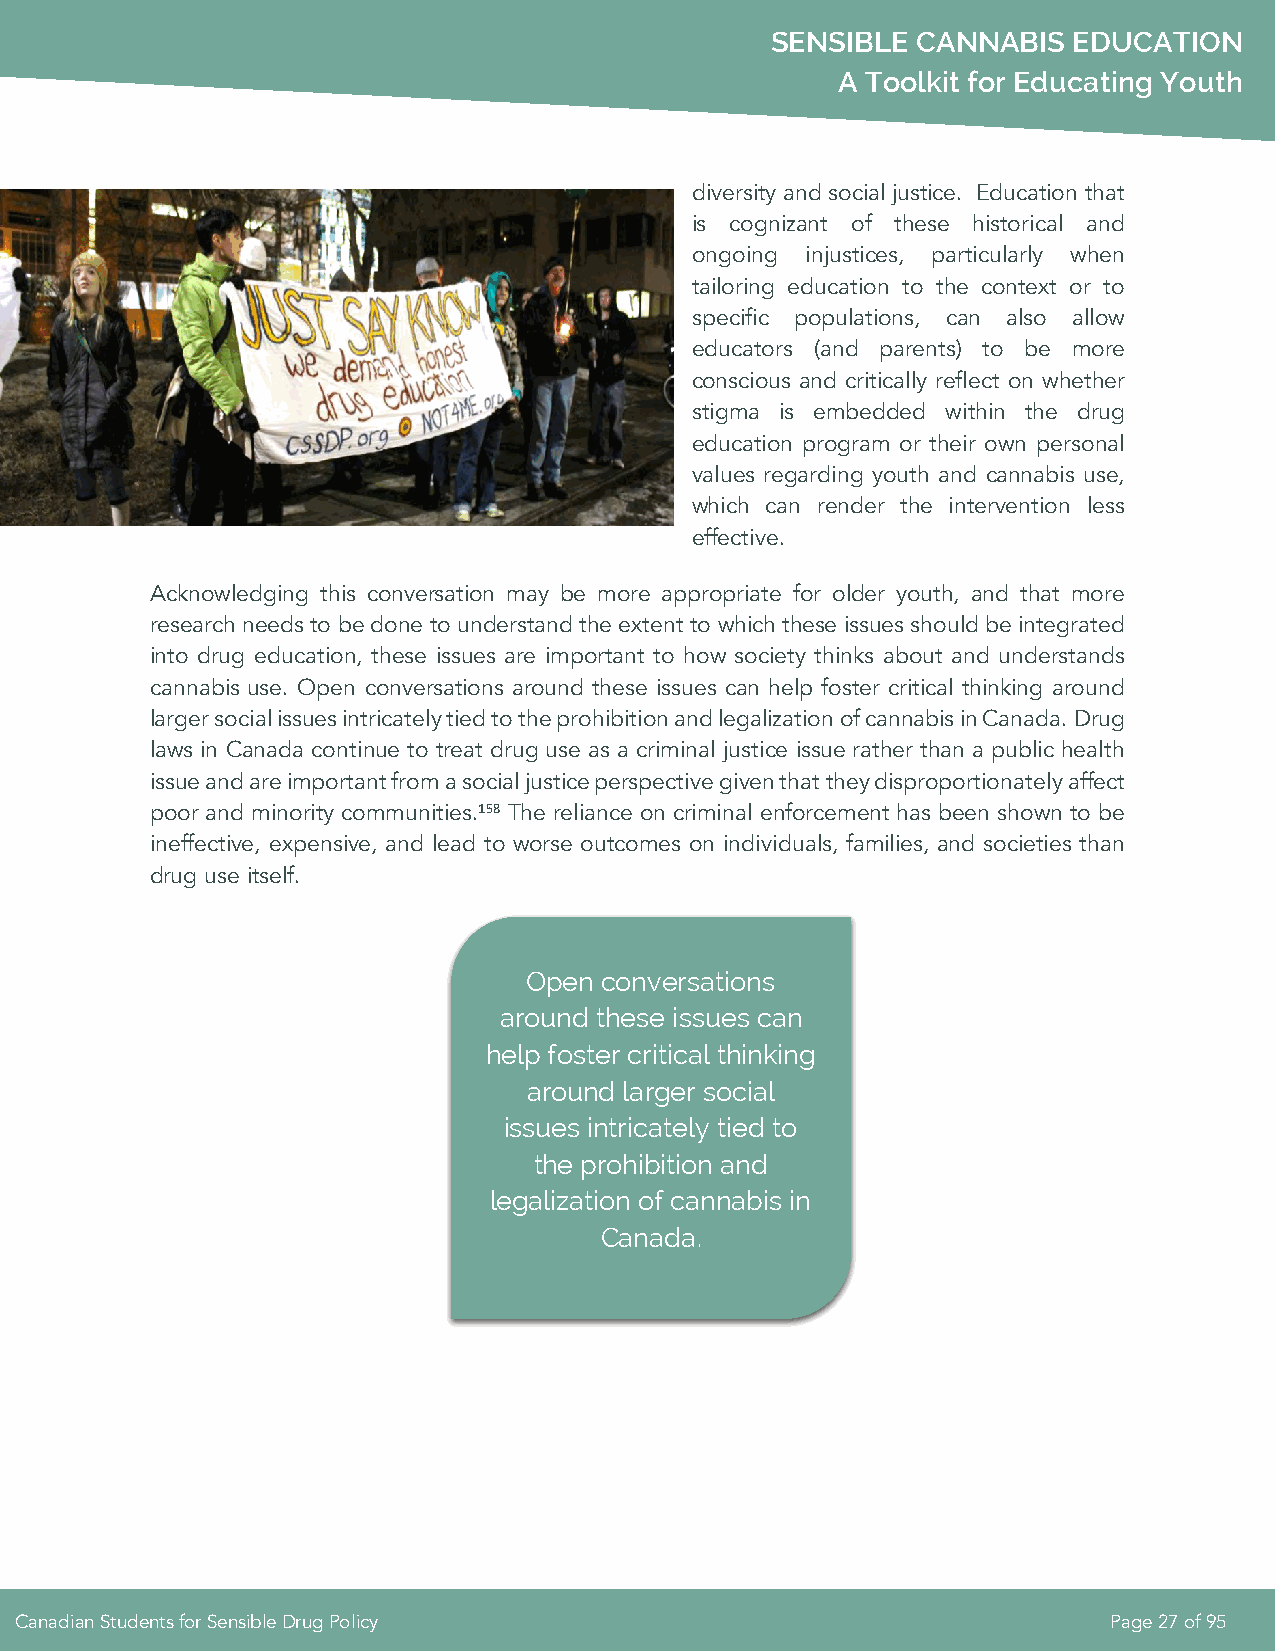
SENSIBLE  CANNABIS  EDUCATION
 A Toolkit for Educating Youth
 diversity and social justice. Education that
 is cognizant of these historical and
 ongoing injustices, particularly when
 tailoring education to the context or to
 specific populations, can also allow
 educators (and parents) to be more
 conscious and critically reflect on whether
 stigma is embedded within the drug
 education program or their own personal
 values regarding youth and cannabis use,
 which can render the intervention less
 effective.
 Acknowledging this conversation may be more appropriate for older youth, and that more
 research needs to be done to understand the extent to which these issues should be integrated
 into drug education, these issues are important to how society thinks about and understands
 cannabis use. Open conversations around these issues can help foster critical thinking around
 larger social issues intricately tied to the prohibition and legalization of cannabis in Canada. Drug
 laws in Canada continue to treat drug use as a criminal justice issue rather than a public health
 issue and are important from a social justice perspective given that they disproportionately affect
 poor and minority communities.158 The reliance on criminal enforcement has been shown to be
 ineffective, expensive, and lead to worse outcomes on individuals, families, and societies than
 drug use itself.
 Open conversations
 around these issues can
 help foster critical thinking
 around larger social
 issues intricately tied to
 the prohibition and
 legalization of cannabis in
 Canada.
 Canadian Students for Sensible Drug Policy                              Page 27 of 95